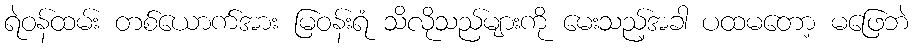
ရဲဝန်ထမ်း တစ်ယောက်အား မြဝန်းရံ သိလိုသည်များကို မေးသည့်အခါ ပထမတော့ မဖြေဘဲ